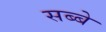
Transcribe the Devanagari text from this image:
सब्बे